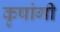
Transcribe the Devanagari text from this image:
कृषांगी